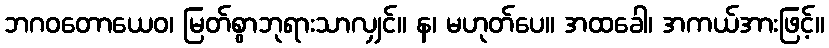
ဘဂဝတောယေဝ၊ မြတ်စွာဘုရားသာလျှင်။ န၊ မဟုတ်ပေ။ အထခေါ၊ အကယ်အားဖြင့်။